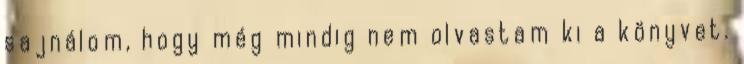
sajnálom, hogy még mindig nem olvastam ki a könyvet.